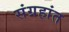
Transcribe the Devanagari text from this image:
संग्रहांत